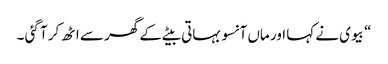
“ بیوی نے کہا اور ماں آنسو بہاتی بیٹے کے گھر سے اٹھ کر آ گئی ۔